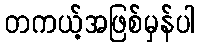
တကယ့်အဖြစ်မှန်ပါ